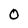
Character: 0